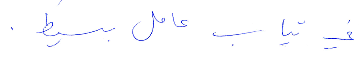
في ثياب عامل بسيط.